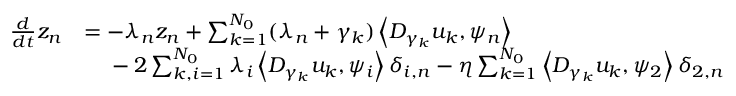
\begin{array} { r l } { \frac { d } { d t } z _ { n } } & { = - \lambda _ { n } z _ { n } + \sum _ { k = 1 } ^ { N _ { 0 } } ( \lambda _ { n } + \gamma _ { k } ) \left< D _ { \gamma _ { k } } u _ { k } , \psi _ { n } \right> } \\ & { \phantom { = } \; - 2 \sum _ { k , i = 1 } ^ { N _ { 0 } } \lambda _ { i } \left< D _ { \gamma _ { k } } u _ { k } , \psi _ { i } \right> \delta _ { i , n } - \eta \sum _ { k = 1 } ^ { N _ { 0 } } \left< D _ { \gamma _ { k } } u _ { k } , \psi _ { 2 } \right> \delta _ { 2 , n } } \end{array}